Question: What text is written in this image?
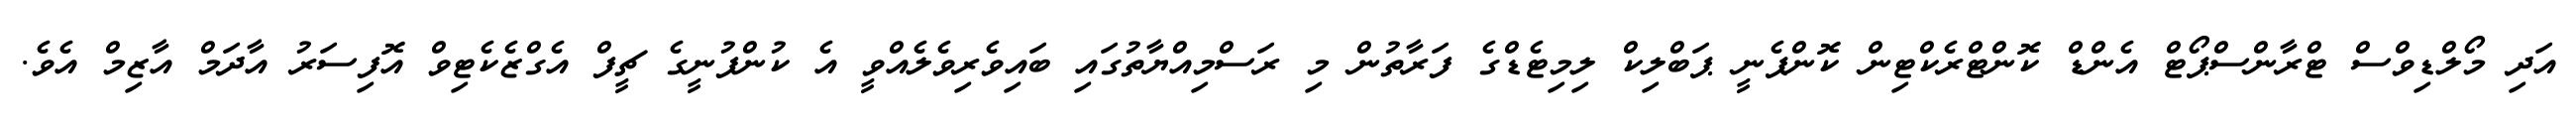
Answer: އަދި މޯލްޑިވްސް ޓްރާންސްޕޯޓް އެންޑް ކޮންޓްރެކްޓިން ކޮންޕެނީ ޕަބްލިކް ލިމިޓެޑްގެ ފަރާތުން މި ރަސްމިއްޔާތުގައި ބައިވެރިވެލެއްވީ އެ ކުންފުނީގެ ޗީފް އެގްޒެކެޓިވް އޮފިސަރު އާދަމް އާޒިމް އެވެ.